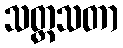
သတ္တသတာ